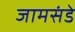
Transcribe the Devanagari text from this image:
जामसंडे